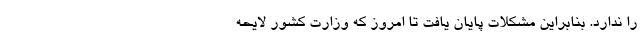
را ندارد. بنابراین مشکلات پایان یافت تا امروز که وزارت کشور لایحه